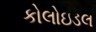
કોલોઇડલ